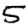
Digit: 5